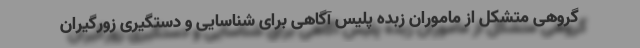
گروهی متشکل از ماموران زبده پلیس آگاهی برای شناسایی و دستگیری زورگیران